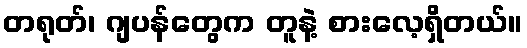
တရုတ်၊ ဂျပန်တွေက တူနဲ့ စားလေ့ရှိတယ်။